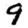
Digit: 9